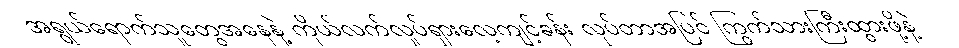
အရွယ်ရောက်သူတွေအနေနဲ့ ကိုယ်လက်လှုပ်ရှားလေ့ကျင့်ခန်း လုပ်တာအပြင် ကြွက်သားကြီးထွားဖို့နဲ့